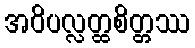
အဝိပလ္လတ္ထစိတ္တဿ